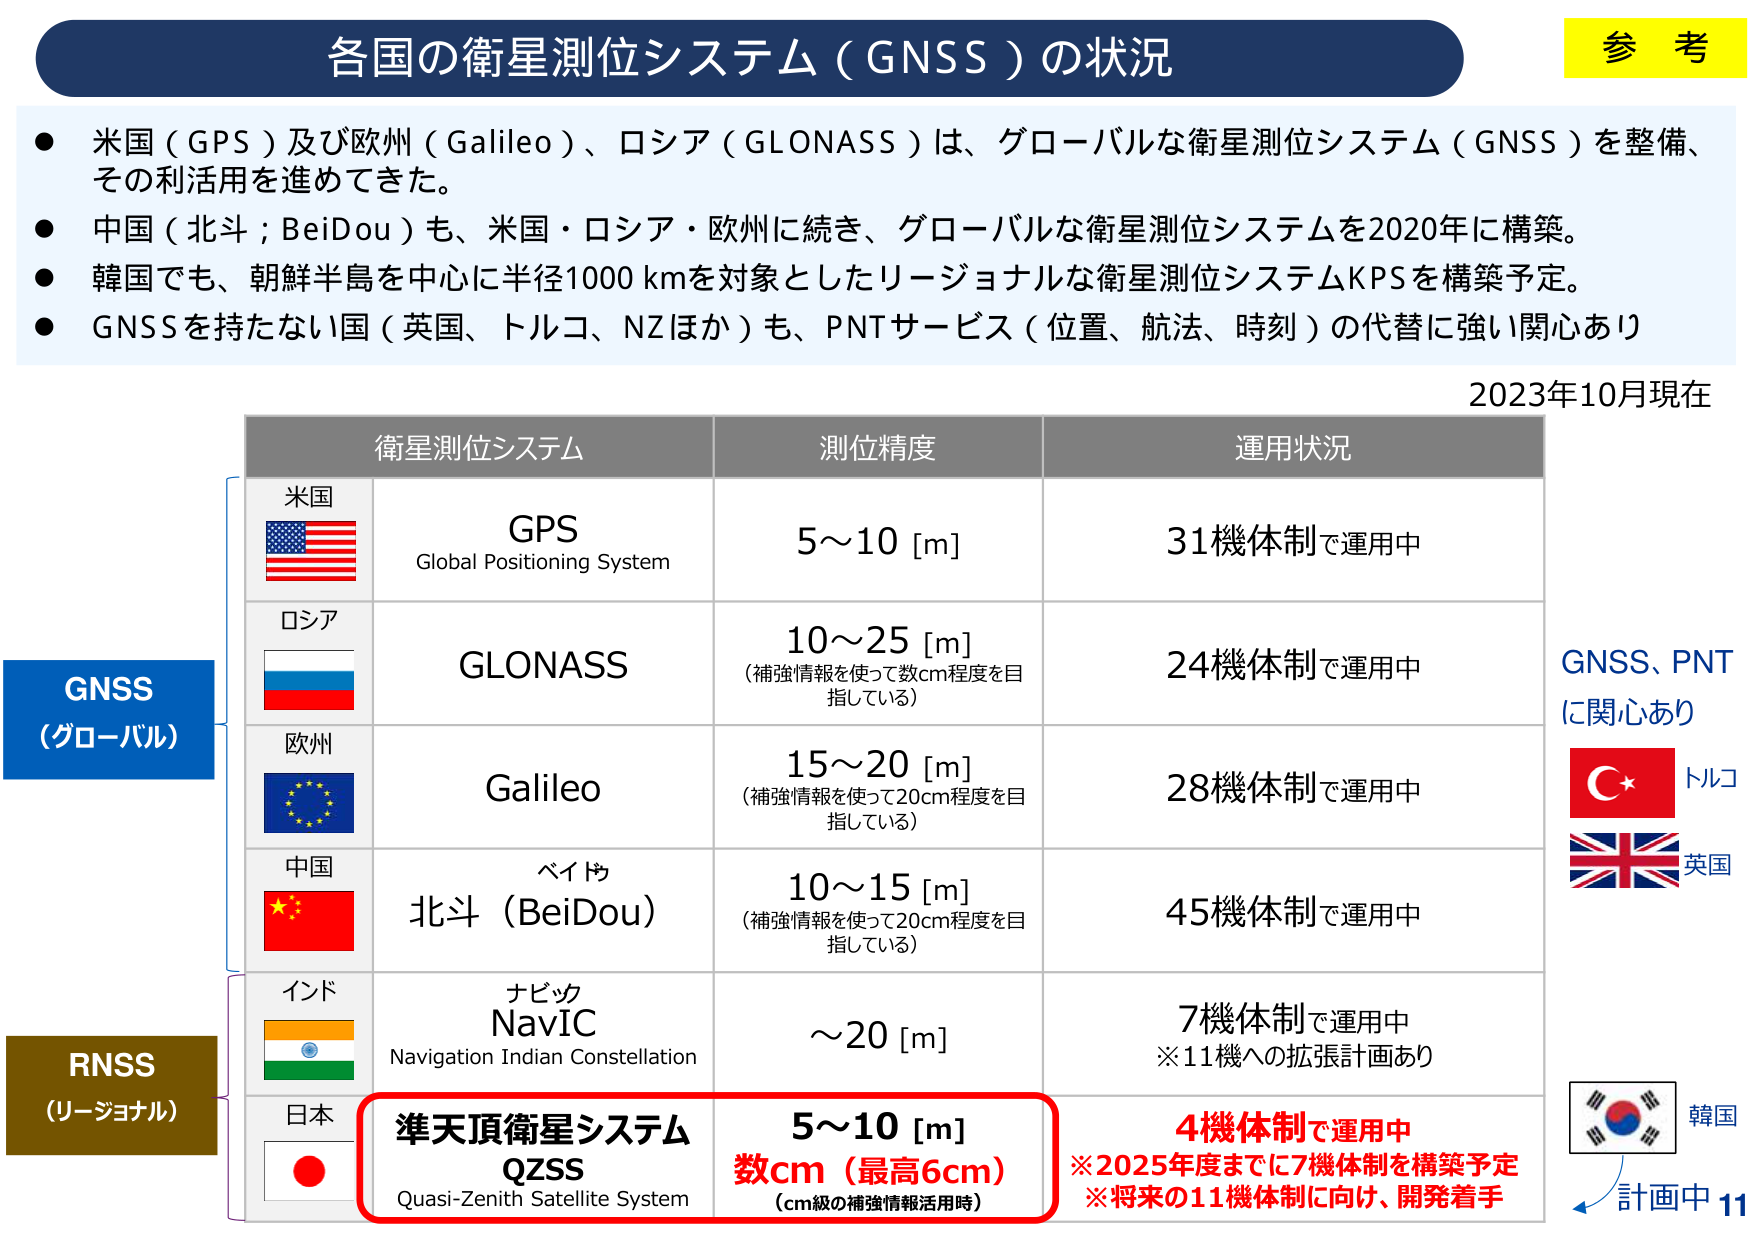
各国の衛星測位システム（GNSS）の状況

● 米国（GPS）及び欧州（Galileo）、ロシア（GLONASS）は、グローバルな衛星測位システム（GNSS）を整備、その利活用を進めてきた。
● 中国（北斗；BeiDou）も、米国・ロシア・欧州に続き、グローバルな衛星測位システムを2020年に構築。
● 韓国でも、朝鮮半島を中心に半径1000 kmを対象としたリージョナルな衛星測位システムKPSを構築予定。
● GNSSを持たない国（英国、トルコ、NZほか）も、PNTサービス（位置、航法、時刻）の代替に強い関心あり

2023年10月現在

衛星測位システム　　測位精度　　運用状況

米国
GPS
Global Positioning System
5～10 [m]
31機体制で運用中

ロシア
GLONASS
10～25 [m]
（補強情報を用いて数cm程度を目指している）
24機体制で運用中

欧州
Galileo
15～20 [m]
（補強情報を用いて20cm程度を目指している）
28機体制で運用中

中国
北斗（BeiDou）
10～15 [m]
（補強情報を用いて20cm程度を目指している）
45機体制で運用中

インド
ナビック
NavIC
Navigation Indian Constellation
～20 [m]
7機体制で運用中
※11機への拡張計画あり

日本
準天頂衛星システム
QZSS
Quasi-Zenith Satellite System
5～10 [m]
数cm（最高6cm）
（cm級の補強情報活用時）
4機体制で運用中
※2025年度までに7機体制を構築予定
※将来の11機体制に向け、開発着手

GNSS（グローバル）
RNSS（リージョナル）

GNSS、PNT
に関心あり
トルコ
英国
韓国
計画中 11

参考